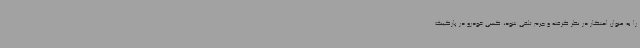
را به عنوان احتکار در نظر گرفته و جرم تلقی شود، کسی خودرو در پارکینگ